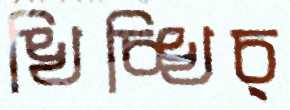
খিচ্‌খিচ্‌